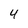
Character: 4